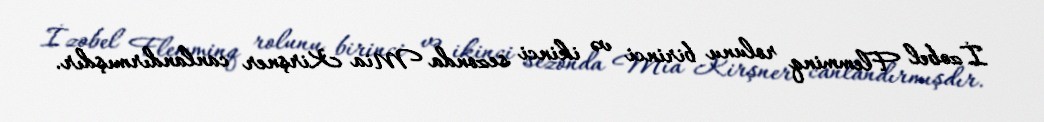
İzobel Flemminq rolunu birinci və ikinci sezonda Mia Kirşner canlandırmışdır.